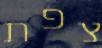
צפת